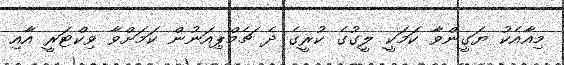
މިއާއެކު ޔަގީންވާ ކަމަކީ ލީގުގެ ކުރީގެ ދެ ޗެމްޕިއަނުން ކަމަށްވާ ވިކްޓަރީ އާއި